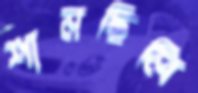
শানছিলি